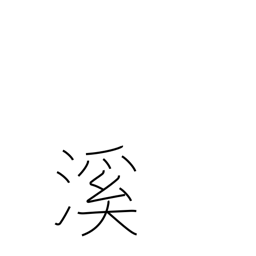
Meaning: valley